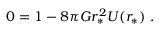
0 = 1 - 8 \pi G r _ { * } ^ { 2 } U ( r _ { * } ) \ .